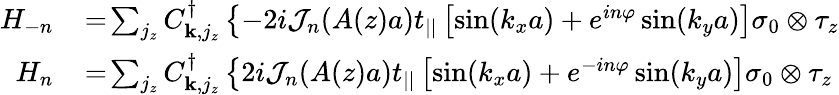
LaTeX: \begin{array}{rl}{H_{-n}}&{{}\! =\! \sum_{j_{z}}C_{{\mathbf k},j_{z}}^{\dagger}\left\{ -2i{\cal J}_{n}(A(z)a)t_{||}\left[\sin(k_{x}a)+e^{in\varphi}\sin(k_{y}a)\right]\sigma_{0}\otimes\tau_{z}\right.}\\ {H_{n}}&{{}\! =\! \sum_{j_{z}}C_{{\mathbf k},j_{z}}^{\dagger}\left\{ 2i{\cal J}_{n}(A(z)a)t_{||}\left[\sin(k_{x}a)+e^{-in\varphi}\sin(k_{y}a)\right]\sigma_{0}\otimes\tau_{z}\right.}\end{array}